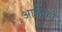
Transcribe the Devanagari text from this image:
आर्टिको